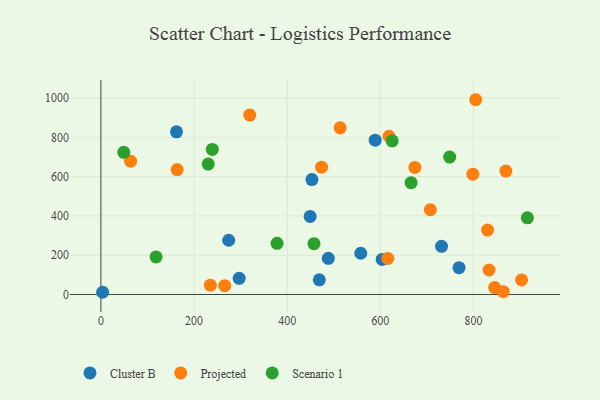
{"axis": {"x": "Price", "y": "Sales"}, "legend": ["Cluster B", "Projected", "Scenario 1"], "data": [{"x": "162.3", "y": 828.1, "type": "Cluster B"}, {"x": "449.2", "y": 397.4, "type": "Cluster B"}, {"x": "603.8", "y": 178.6, "type": "Cluster B"}, {"x": "731.3", "y": 245.4, "type": "Cluster B"}, {"x": "468.9", "y": 74.8, "type": "Cluster B"}, {"x": "3.7", "y": 11.3, "type": "Cluster B"}, {"x": "768.9", "y": 136.5, "type": "Cluster B"}, {"x": "488.2", "y": 184.4, "type": "Cluster B"}, {"x": "453.0", "y": 585.0, "type": "Cluster B"}, {"x": "557.9", "y": 210.1, "type": "Cluster B"}, {"x": "296.9", "y": 82.3, "type": "Cluster B"}, {"x": "274.4", "y": 276.2, "type": "Cluster B"}, {"x": "588.9", "y": 785.9, "type": "Cluster B"}, {"x": "845.4", "y": 35.2, "type": "Projected"}, {"x": "513.6", "y": 848.6, "type": "Projected"}, {"x": "618.6", "y": 805.8, "type": "Projected"}, {"x": "869.4", "y": 628.2, "type": "Projected"}, {"x": "235.0", "y": 47.5, "type": "Projected"}, {"x": "707.3", "y": 431.8, "type": "Projected"}, {"x": "830.1", "y": 328.1, "type": "Projected"}, {"x": "674.1", "y": 646.8, "type": "Projected"}, {"x": "615.9", "y": 183.4, "type": "Projected"}, {"x": "804.6", "y": 991.7, "type": "Projected"}, {"x": "265.9", "y": 45.1, "type": "Projected"}, {"x": "473.8", "y": 648.1, "type": "Projected"}, {"x": "833.3", "y": 124.7, "type": "Projected"}, {"x": "63.7", "y": 678.7, "type": "Projected"}, {"x": "798.5", "y": 612.6, "type": "Projected"}, {"x": "903.1", "y": 74.2, "type": "Projected"}, {"x": "319.6", "y": 913.5, "type": "Projected"}, {"x": "863.9", "y": 14.4, "type": "Projected"}, {"x": "163.7", "y": 635.9, "type": "Projected"}, {"x": "118.5", "y": 191.3, "type": "Scenario 1"}, {"x": "625.3", "y": 782.3, "type": "Scenario 1"}, {"x": "230.3", "y": 664.1, "type": "Scenario 1"}, {"x": "748.8", "y": 699.6, "type": "Scenario 1"}, {"x": "378.2", "y": 260.3, "type": "Scenario 1"}, {"x": "457.5", "y": 258.9, "type": "Scenario 1"}, {"x": "49.1", "y": 723.7, "type": "Scenario 1"}, {"x": "915.6", "y": 390.2, "type": "Scenario 1"}, {"x": "239.2", "y": 738.7, "type": "Scenario 1"}, {"x": "666.0", "y": 569.6, "type": "Scenario 1"}]}